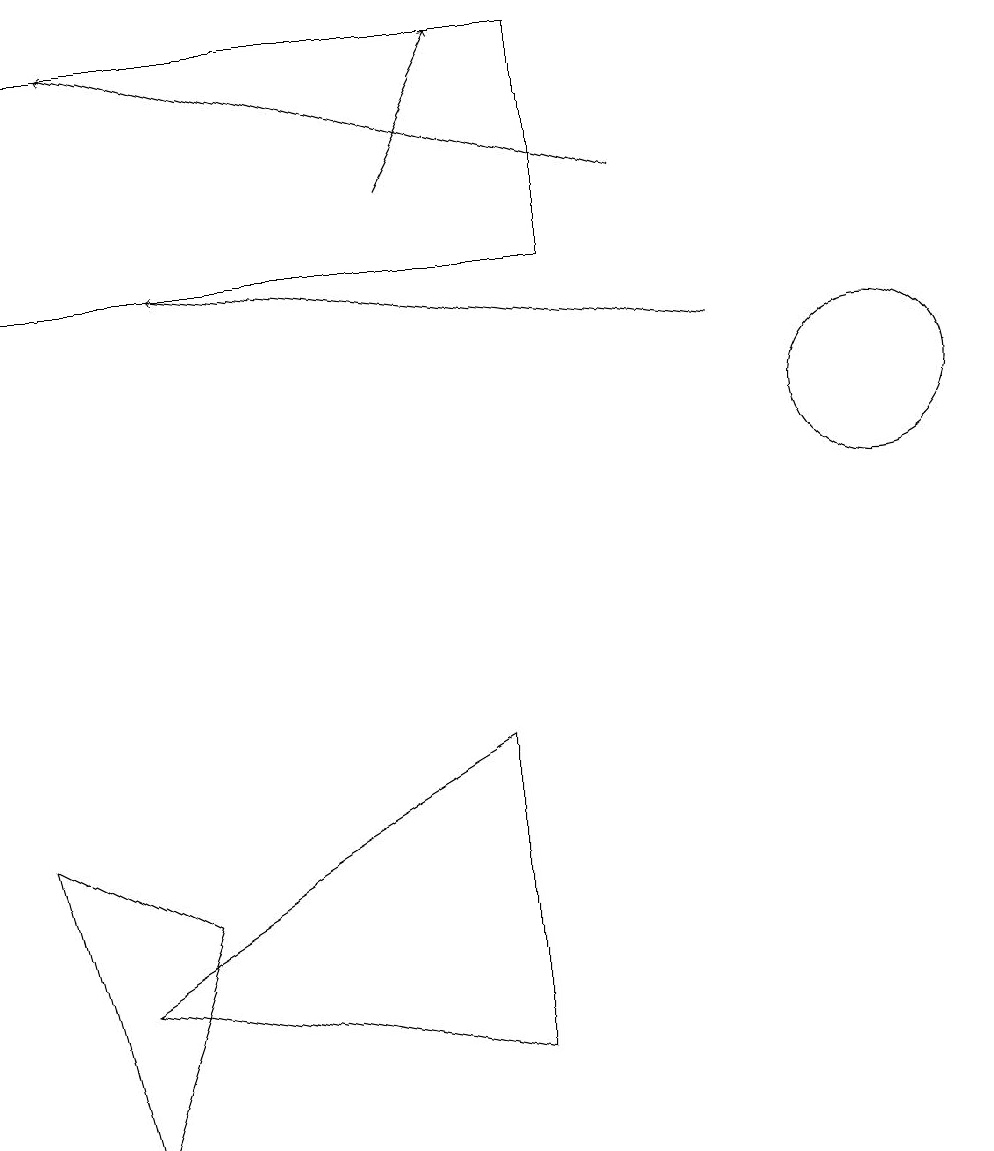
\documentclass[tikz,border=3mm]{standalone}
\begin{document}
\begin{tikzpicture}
\draw[->] (8,13) -- (1,15);
\draw (1,3) -- (6,2) -- (6,6) -- cycle;
\draw[->] (9,11) -- (2,12);
\draw (1,1) -- (2,4) -- (0,5) -- cycle;
\draw[->] (5,13) -- (6,15);
\draw (11,10) circle (1);
\draw (7,15) rectangle (0,12);
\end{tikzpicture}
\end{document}